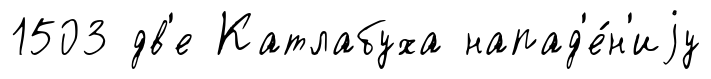
1503 дв'е Катлабуха напад'е́н'иjу